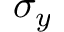
\sigma _ { y }